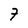
Character: 7